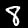
Digit: 8